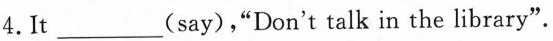
4.It ___(say),"Don't talk in the library".